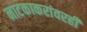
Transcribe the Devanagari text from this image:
नाटकाकरांवरही